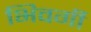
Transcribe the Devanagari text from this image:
भिवर्गी